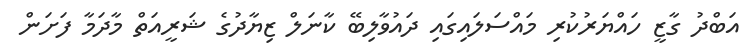
އަބްދު ގާޒީ ހައްޔަރުކުރި މައްސަލައިގައި ދައުވާލިބޭ ކާނަލް ޒިޔާދުގެ ޝަރީއަތް މާދަމާ ފަށަން